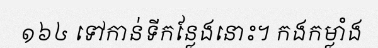
១៦៤ ទៅកាន់ទីកន្លែងនោះ។ កងកម្លាំង